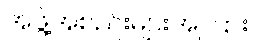
အဖွဲ့အစည်းများအကြား